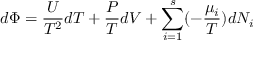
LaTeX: d \Phi = { \frac { U } { T ^ { 2 } } } d T + { \frac { P } { T } } d V + \sum _ { i = 1 } ^ { s } ( - { \frac { \mu _ { i } } { T } } ) d N _ { i }